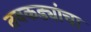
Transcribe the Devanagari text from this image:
तबकड्यांचा